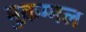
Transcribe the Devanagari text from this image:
मुक़म्मल